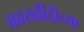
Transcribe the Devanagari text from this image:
कारर्कीदीच्या